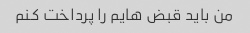
من باید قبض هایم را پرداخت کنم